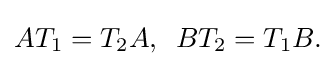
\displaystyle {AT_{1}=T_{2}A,\,\,\,BT_{2}=T_{1}B.}